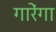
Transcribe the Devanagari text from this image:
गारेंगा